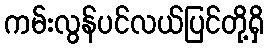
ကမ်းလွန်ပင်လယ်ပြင်တို့ရှိ